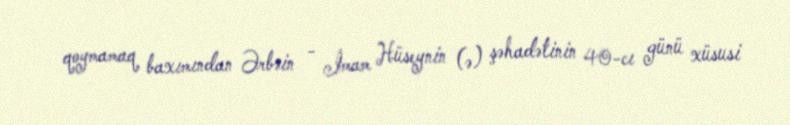
qoymamaq baxımından Ərbəin - İmam Hüseynin (ə) şəhadətinin 40-cı günü xüsusi